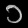
Digit: ၁